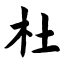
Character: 杜